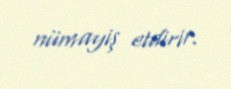
nümayiş etdirir.